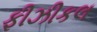
ફીઝીકલ